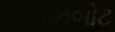
ગિઝબોટ